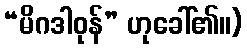
“မိဂဒါဝုန်” ဟုခေါ်၏။)